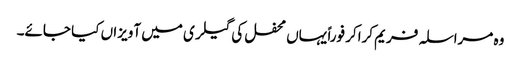
وہ مراسلہ فریم کراکر فوراً یہاں محفل کی گیلری میں آویزاں کیا جائے۔